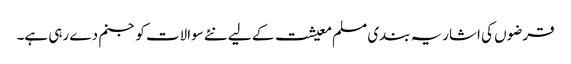
قرضوں کی اشاریہ بندی مسلم معیشت کے لیے نئے سوالات کو جنم دے رہی ہے۔